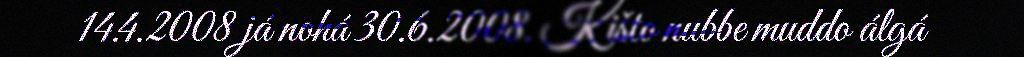
14.4.2008 já nohá 30.6.2008. Kišto nubbe muddo álgá